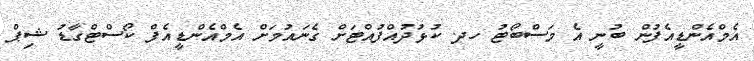
އެމްއެންޑީއެފުން ބުނީ އެ މަސްބޯޓު ހދ. ކުޅުދުއްފުއްޓަށް ގެނައުމަށް އެމްއެންޑީއެފް ކޯސްޓްގާޑު ޝިޕް